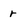
Character: r